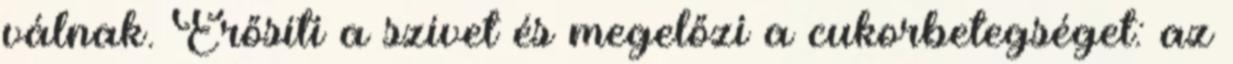
válnak. Erősíti a szívet és megelőzi a cukorbetegséget: az